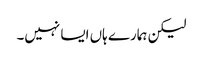
لیکن ہمارے ہاں ایسا نہیں۔